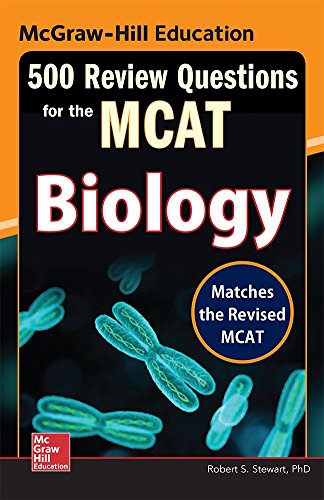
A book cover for McGraw-Hill Education 500 Review Questions for the MCAT: Biology; Robert Stewart; Test Preparation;